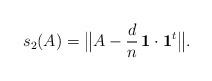
LaTeX: \begin{align*}s_2(A)=\big\Vert A-\frac{d}{n}\, {\bf 1}\cdot{\bf 1}^t\big\Vert. \end{align*}